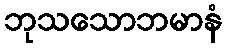
ဘုသသောဘမာနံ